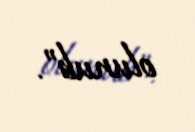
olunub”.